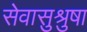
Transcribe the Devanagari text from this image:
सेवासुश्रुषा